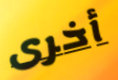
أخرى